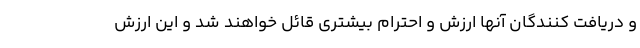
و دریافت کنندگان آنها ارزش و احترام بیشتری قائل خواهند شد و این ارزش